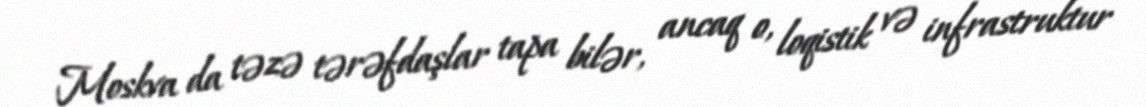
Moskva da təzə tərəfdaşlar tapa bilər, ancaq o, loqistik və infrastruktur